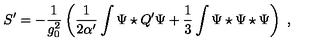
S ^ { \prime } = - \frac { 1 } { g _ { 0 } ^ { 2 } } \left( \frac { 1 } { 2 \alpha ^ { \prime } } \int \Psi \star Q ^ { \prime } \Psi + \frac { 1 } { 3 } \int \Psi \star \Psi \star \Psi \right) \ ,